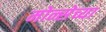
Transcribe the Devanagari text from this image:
मोन्सेच्या